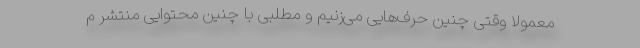
معمولا وقتی چنین حرف‌هایی می‌زنیم و مطلبی با چنین محتوایی منتشر م